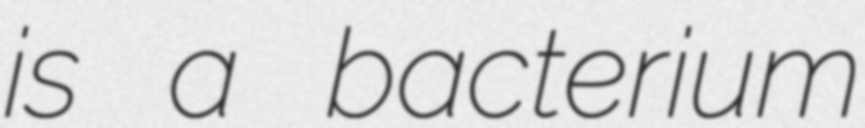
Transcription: is a bacterium